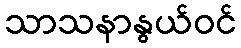
သာသနာနွယ်ဝင်